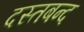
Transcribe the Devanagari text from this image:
दस्तबन्द